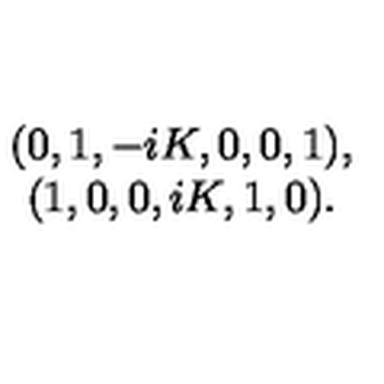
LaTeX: \begin{array} { c c c c c c } { ( 0 , 1 , - i K , 0 , 0 , 1 ) , } \\ { ( 1 , 0 , 0 , i K , 1 , 0 ) . } \\ \end{array}